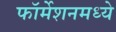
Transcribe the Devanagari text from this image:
फॉर्मेशनमध्ये